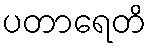
ပတာရေတိ